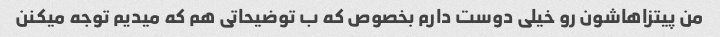
من پیتزاهاشون رو خیلی دوست دارم بخصوص که ب توضیحاتی هم که میدیم توجه میکنن